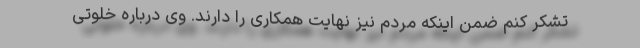
تشکر کنم ضمن اینکه مردم نیز نهایت همکاری را دارند. وی درباره خلوتی